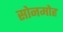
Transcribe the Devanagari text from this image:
सोनमोह